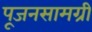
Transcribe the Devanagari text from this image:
पूजनसामग्री